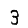
Digit: 3